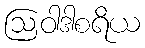
ဩဝါဒါစရိယ